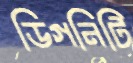
ডিগনিটি